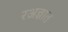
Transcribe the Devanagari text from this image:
रअज्ञात